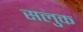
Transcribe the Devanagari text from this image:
सलुक